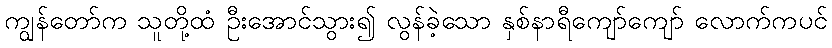
ကျွန်တော်က သူတို့ထံ ဦးအောင်သွား၍ လွန်ခဲ့သော နှစ်နာရီကျော်ကျော် လောက်ကပင်